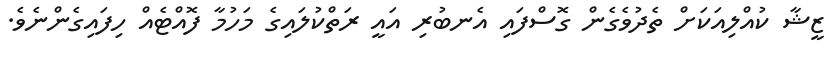
ޒީޝާ ކުއްލިއަކަށް ތެދުވެގެން ގޮސްފައި އެނބުރި އައީ ރަތްކުލައިގެ މަހުމާ ފޮއްޓެއް ހިފައިގެންނެވެ.